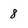
Character: 8